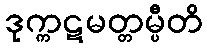
ဒုက္ကဋမတ္တမ္ပီတိ